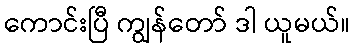
ကောင်းပြီ ကျွန်တော် ဒါ ယူမယ်။